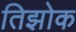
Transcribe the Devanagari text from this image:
तिझोक